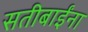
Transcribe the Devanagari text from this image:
सतीबाईंना